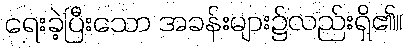
ရေးခဲ့ပြီးသော အခန်းများ၌လည်းရှိ၏။